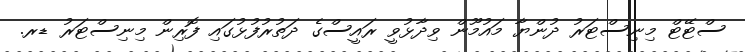
ސްޓޭޓް މިނިސްޓަރު ދުންޔާ މައުމޫން ވިދާޅުވީ ރައީސްގެ ދަތުރުފުޅުގައި ފޮރިން މިނިސްޓަރު ޑރ.